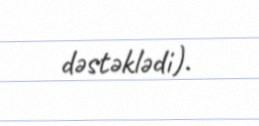
dəstəklədi).